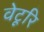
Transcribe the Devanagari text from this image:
वेटूरि